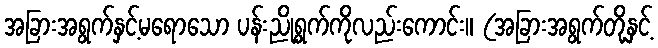
အခြားအရွက်နှင့်မရောသော ပန်းညိုရွက်ကိုလည်းကောင်း။ (အခြားအရွက်တို့နှင့်